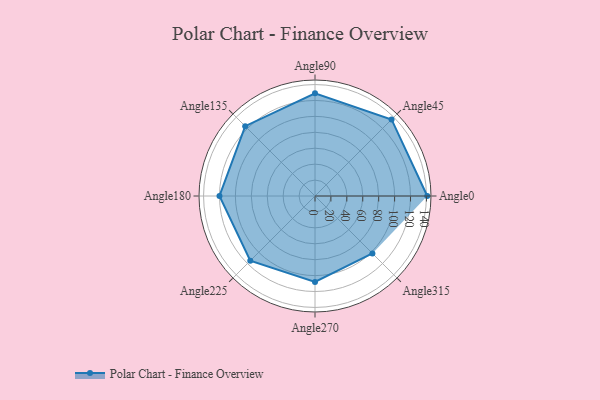
{"axis": {"x": "Angle", "y": "Radius"}, "legend": [""], "data": [{"x": "Angle0", "y": 141.0, "type": ""}, {"x": "Angle45", "y": 136.0, "type": ""}, {"x": "Angle90", "y": 129.0, "type": ""}, {"x": "Angle135", "y": 124.0, "type": ""}, {"x": "Angle180", "y": 120.0, "type": ""}, {"x": "Angle225", "y": 115.0, "type": ""}, {"x": "Angle270", "y": 108.0, "type": ""}, {"x": "Angle315", "y": 102.0, "type": ""}]}